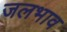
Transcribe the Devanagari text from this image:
जलभाव